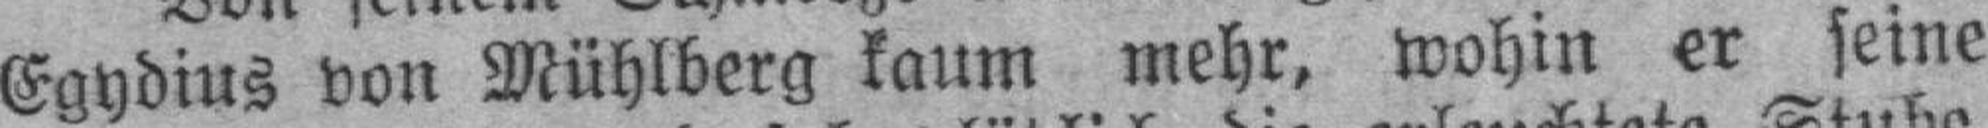
Egydius von Mühlberg kaum mehr, wohin er seine